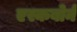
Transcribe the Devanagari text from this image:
एस्कबोर्न